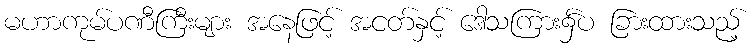
မဟာကုမ်ပဏီကြီးများ အနေဖြင့် အငတ်နှင့် ဒေါသကြား၌်ပ ခြားထားသည့်